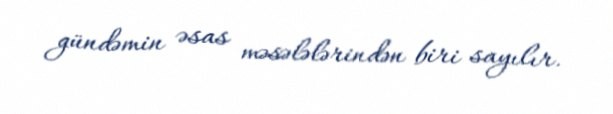
gündəmin əsas məsələlərindən biri sayılır.